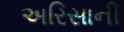
અરિસાની